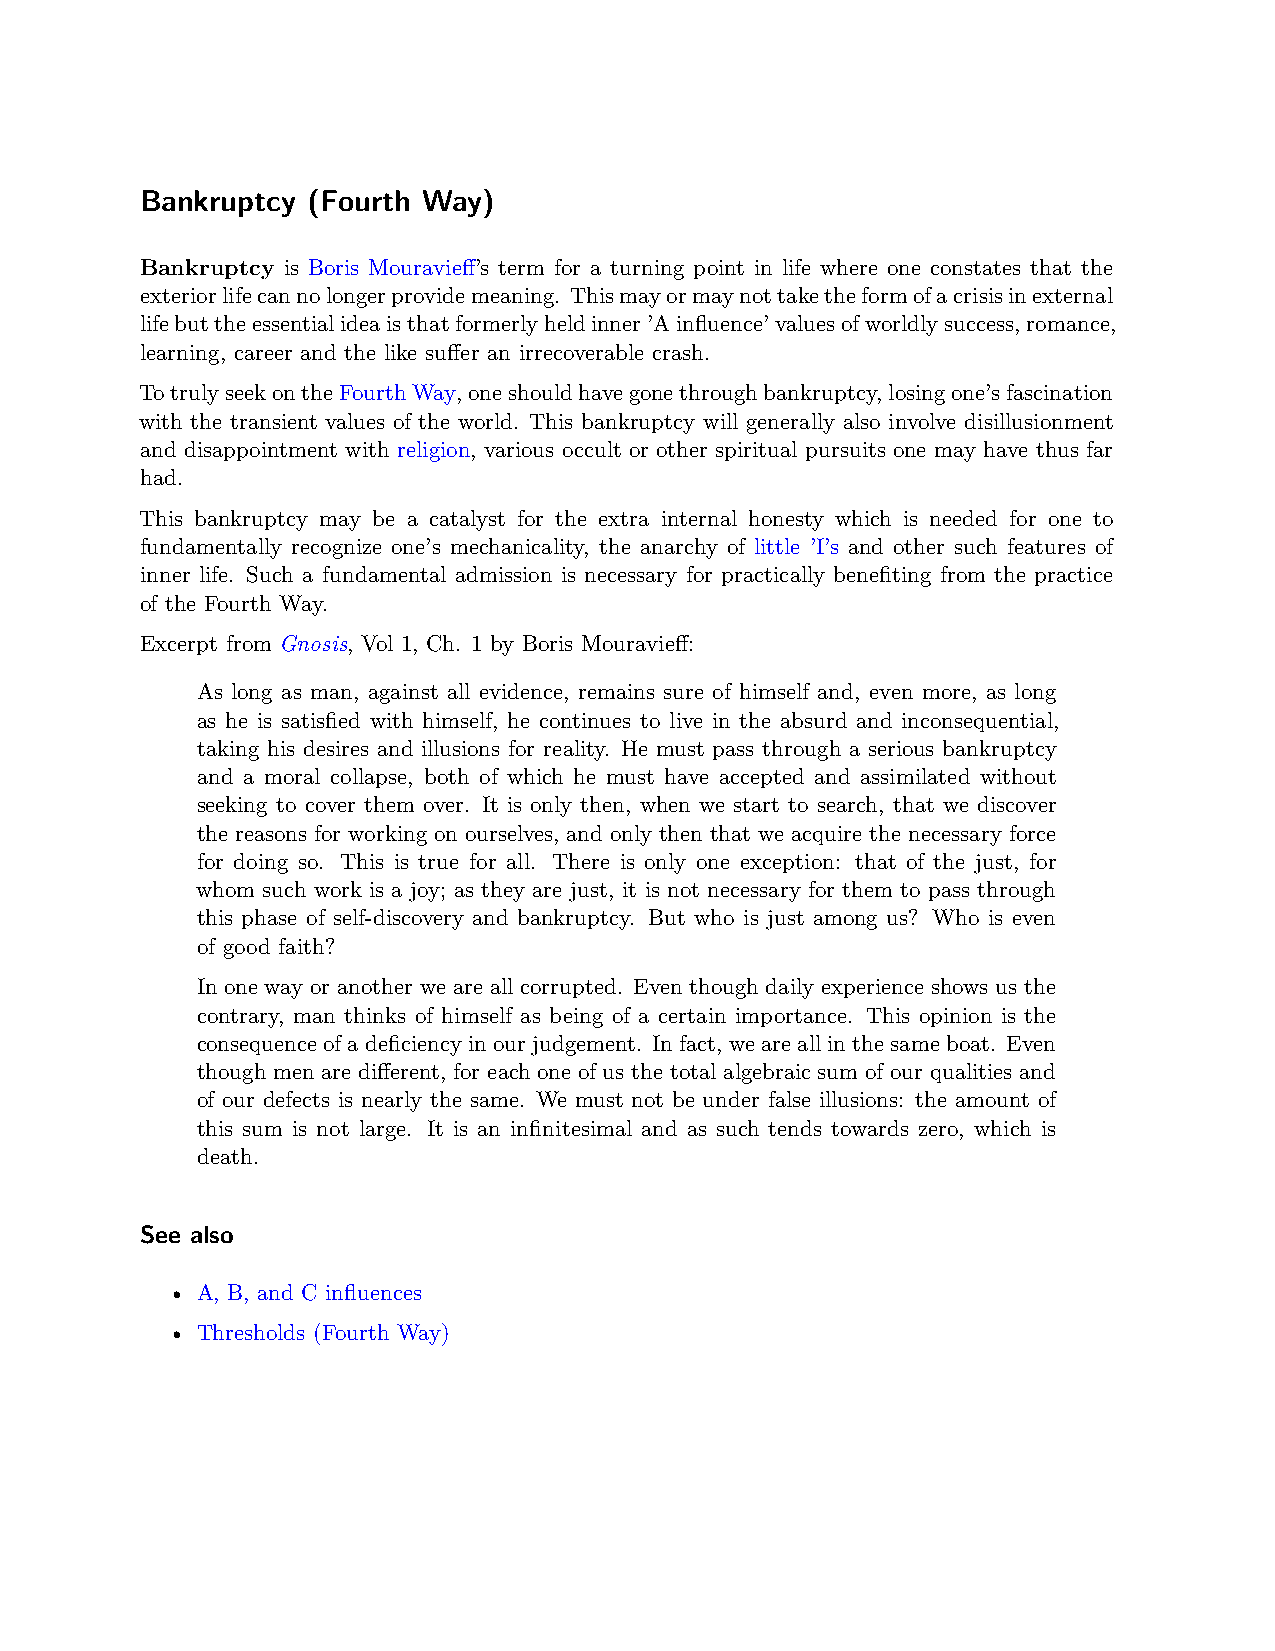
Bankruptcy (Fourth Way)
 Bankruptcy is Boris Mouravieff’s term for a turning point in life where one constates that the
 exteriorlifecannolongerprovidemeaning. Thismayormaynottaketheformofacrisisinexternal
 lifebuttheessentialideaisthatformerlyheldinner’Ainfluence’valuesofworldlysuccess,romance,
 learning, career and the like suffer an irrecoverable crash.
 TotrulyseekontheFourthWay,oneshouldhavegonethroughbankruptcy,losingone’sfascination
 with the transient values of the world. This bankruptcy will generally also involve disillusionment
 and disappointment with religion, various occult or other spiritual pursuits one may have thus far
 had.
 This bankruptcy may be a catalyst for the extra internal honesty which is needed for one to
 fundamentally recognize one’s mechanicality, the anarchy of little ’I’s and other such features of
 inner life. Such a fundamental admission is necessary for practically benefiting from the practice
 of the Fourth Way.
 Excerpt from Gnosis, Vol 1, Ch. 1 by Boris Mouravieff:
 As long as man, against all evidence, remains sure of himself and, even more, as long
 as he is satisfied with himself, he continues to live in the absurd and inconsequential,
 taking his desires and illusions for reality. He must pass through a serious bankruptcy
 and a moral collapse, both of which he must have accepted and assimilated without
 seeking to cover them over. It is only then, when we start to search, that we discover
 the reasons for working on ourselves, and only then that we acquire the necessary force
 for doing so. This is true for all. There is only one exception: that of the just, for
 whom such work is a joy; as they are just, it is not necessary for them to pass through
 this phase of self-discovery and bankruptcy. But who is just among us? Who is even
 of good faith?
 In one way or another we are all corrupted. Even though daily experience shows us the
 contrary, man thinks of himself as being of a certain importance. This opinion is the
 consequenceofadeficiencyinourjudgement. Infact, weareallinthesameboat. Even
 though men are different, for each one of us the total algebraic sum of our qualities and
 of our defects is nearly the same. We must not be under false illusions: the amount of
 this sum is not large. It is an infinitesimal and as such tends towards zero, which is
 death.
 See also
 • A, B, and C influences
 • Thresholds (Fourth Way)